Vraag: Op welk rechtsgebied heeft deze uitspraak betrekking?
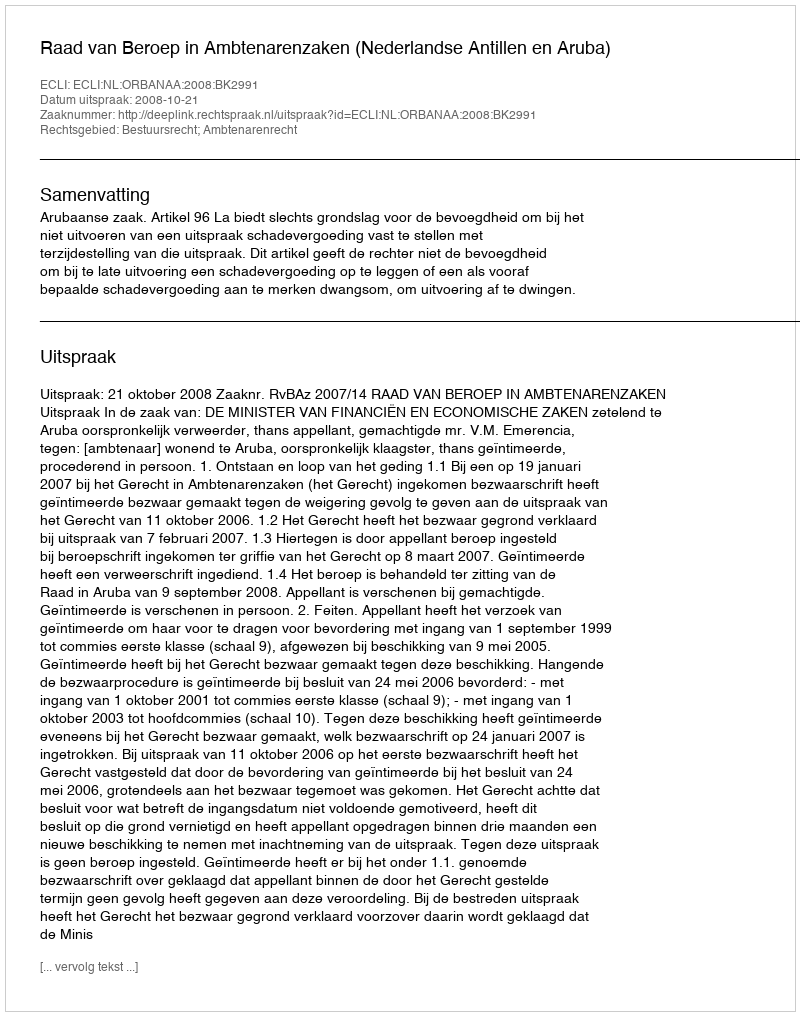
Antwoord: Bestuursrecht; Ambtenarenrecht